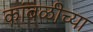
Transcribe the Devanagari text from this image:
कांबळीच्या